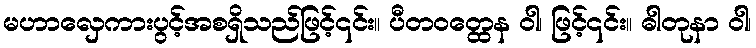
မဟာလှေကားပွင့်အစရှိသည်ဖြင့်၎င်း။ ပီတဝတ္ထေန ဝါ၊ ဖြင့်၎င်း။ ဓါတုနာ ဝါ၊